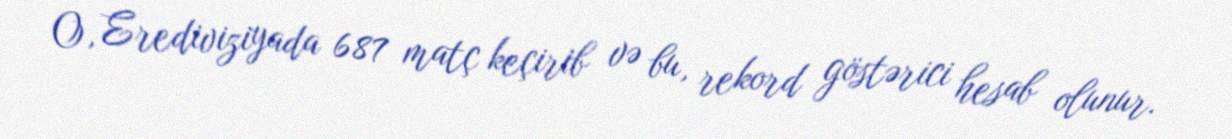
O, Erediviziyada 687 matç keçirib və bu, rekord göstərici hesab olunur.